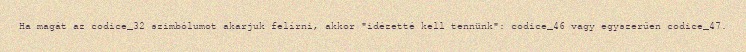
Ha magát az codice_32 szimbólumot akarjuk felírni, akkor "idézetté kell tennünk": codice_46 vagy egyszerűen codice_47.